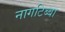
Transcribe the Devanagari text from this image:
नागटिब्बा